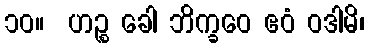
၁၀။  ဟဉ္စ ခေါ ဘိက္ခဝေ ဧဝံ ဝဒါမိ၊